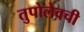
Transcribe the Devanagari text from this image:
तुपोलेवची